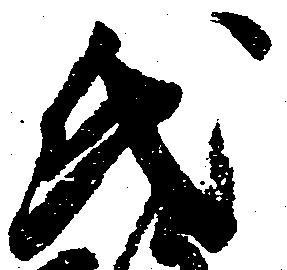
氏